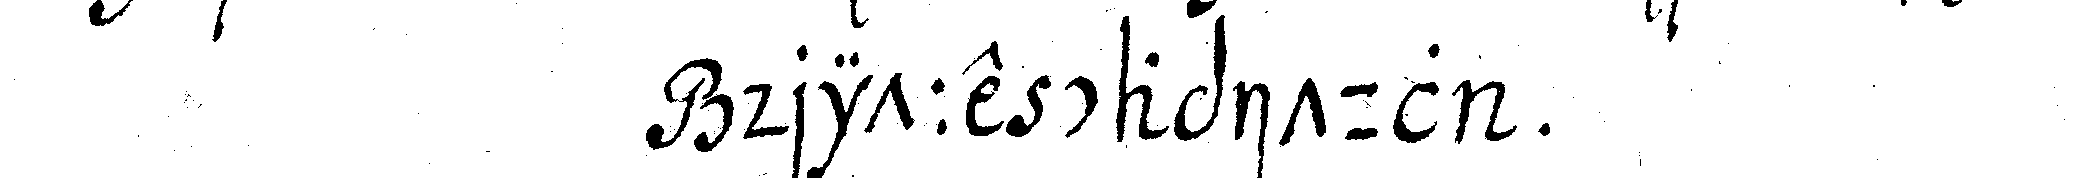
dritte capitul .